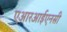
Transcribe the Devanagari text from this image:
एआरआईएनसी